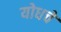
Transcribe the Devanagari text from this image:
योधचे